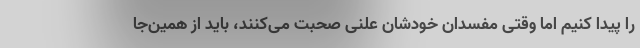
را پیدا کنیم اما وقتی مفسدان خودشان علنی صحبت می‌کنند، باید از همین‌جا